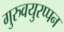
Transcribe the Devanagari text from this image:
गुरुवयुरप्पन